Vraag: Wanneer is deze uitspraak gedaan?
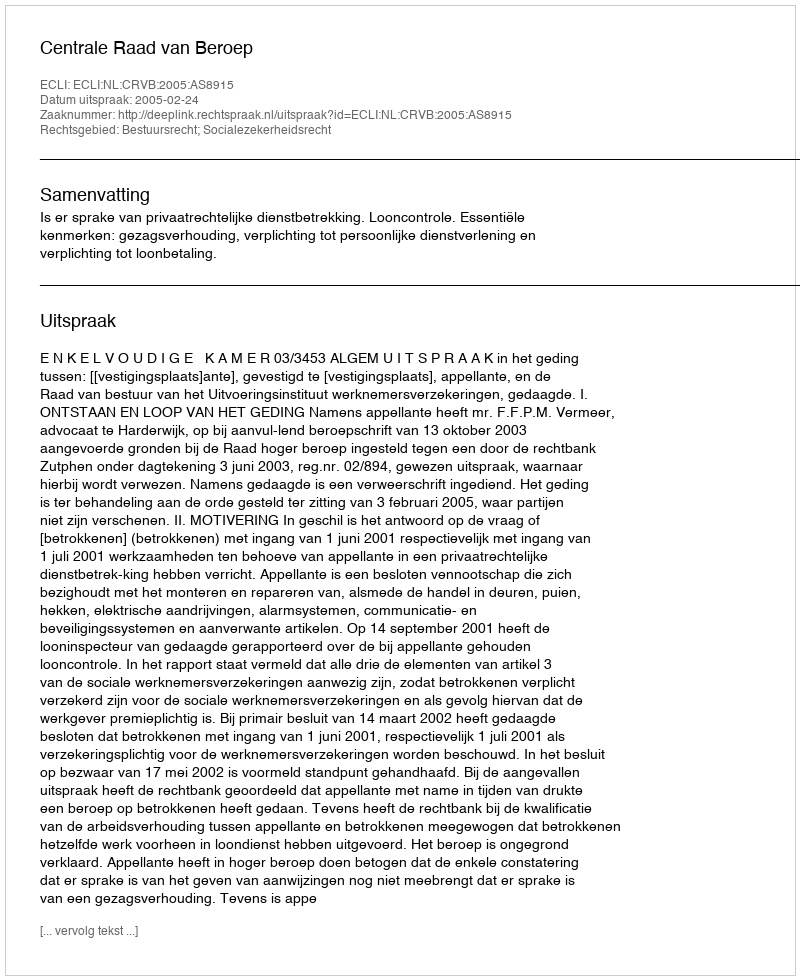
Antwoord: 2005-02-24